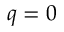
q = 0